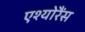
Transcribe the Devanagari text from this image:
एश्योरैंस